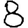
Digit: 8